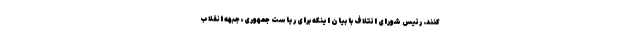
کنند. رئیس شورای ائتلاف با بیان اینکه برای ریاست جمهوری، جبهه انقلاب